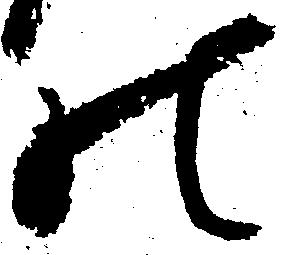
の